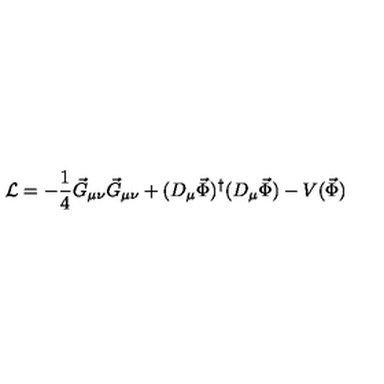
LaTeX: { \cal L } = - \frac { 1 } { 4 } \vec { G } _ { \mu \nu } \vec { G } _ { \mu \nu } + ( D _ { \mu } \vec { \Phi } ) ^ { \dagger } ( D _ { \mu } \vec { \Phi } ) - V ( \vec { \Phi } )